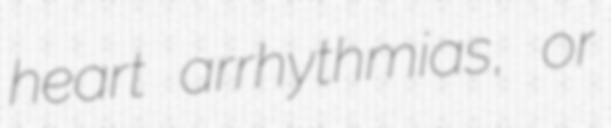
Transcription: heart arrhythmias, or